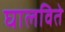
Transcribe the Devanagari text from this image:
घालविते